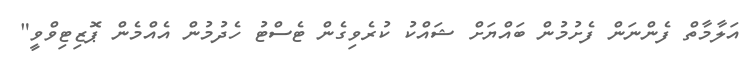
އަލާމާތް ފެންނަން ފެށުމުން ބައްޔަށް ޝައްކު ކުރެވިގެން ޓެސްޓު ހެދުމުން އެއްމެން ޕޮޒިޓިވްވީ"